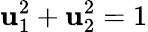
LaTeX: \mathbf{u}_{1}^{2}+\mathbf{u}_{2}^{2}=1